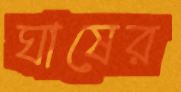
ঘাষের